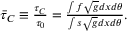
\begin{array} { r } { \bar { \tau } _ { C } \equiv \frac { \tau _ { C } } { \tau _ { 0 } } = \frac { \int f \sqrt { g } d x d \theta } { \int s \sqrt { g } d x d \theta } . } \end{array}